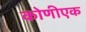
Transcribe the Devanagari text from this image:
कोणीएक